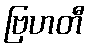
ဗြဟတီ